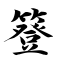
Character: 簦